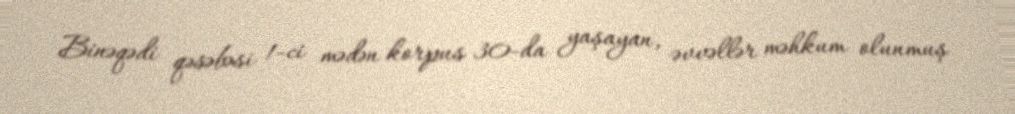
Binəqədi qəsəbəsi 1-ci mədən korpus 30-da yaşayan, əvvəllər məhkum olunmuş